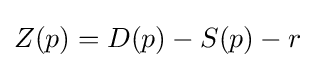
Z(p)=D(p)-S(p)-r